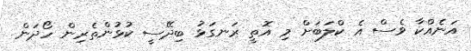
އަނެއްކާ ވެސް އެ ކްލަބަށް މި އޮތީ ރަނގަޅު ބިދޭސީ ކުޅުންތެރިން ހޯދަން